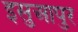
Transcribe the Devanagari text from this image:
इसुआपुर